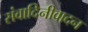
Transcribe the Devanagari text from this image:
संवादिनीवादन